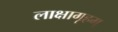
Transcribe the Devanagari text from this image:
लाक्षागृहम्